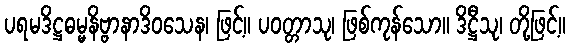
ပရမဒိဋ္ဌဓမ္မနိဗ္ဗာနာဒိဝသေန၊ ဖြင့်။ ပဝတ္တာသု၊ ဖြစ်ကုန်သော။ ဒိဋ္ဌီသု၊ တို့ဖြင့်။